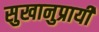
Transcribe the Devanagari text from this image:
सुखानुप्रायी